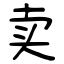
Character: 卖